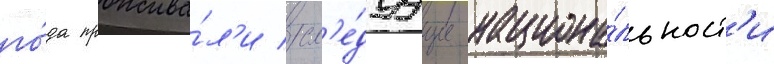
го́да прожива́л'и сл'е́дуущие национа́льност'и